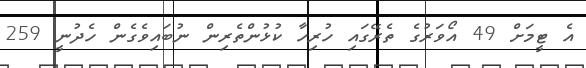
އެ ޓީމަށް 49 އޯވަރުގެ ތެރޭގައި ހުރިހާ ކުޅުންތެރިން ނުބައިވެގެން ހެދުނީ 259